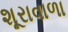
શૂરાવાળા